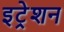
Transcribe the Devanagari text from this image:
इट्रेशन